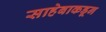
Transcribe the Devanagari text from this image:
साहेबाकडून